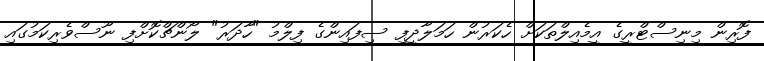
ފޮރިން މިނިސްޓްރީގެ އީމެއިލްތަކަށް ހެކަރުން ހަމަލާދީފި ސިފައިންގެ ފިލްމު "ހާދަރު" ލޯންޗްކޮށްފި ނޫސްވެރިކަމުގައި